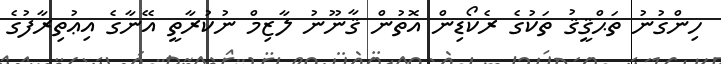
ހިންގުނު ތަޙްޤީޤު ތަކުގެ ރެކޯޑިން އޮތުން ޤާނޫނު ލާޒިމް ނުކުރާތީ އޭނާގެ އިޢުތިރާފުގެ